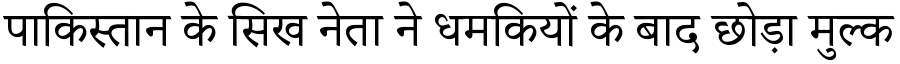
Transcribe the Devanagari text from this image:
पाकिस्तान के सिख नेता ने धमकियों के बाद छोड़ा मुल्क